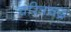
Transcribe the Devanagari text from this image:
चरित्रचंद्र